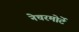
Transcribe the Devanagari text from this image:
नेचरमोर्टे